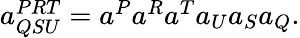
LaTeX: \begin{array}{r}{a_{QSU}^{PRT}=a^{P}a^{R}a^{T}a_{U}a_{S}a_{Q}.}\end{array}